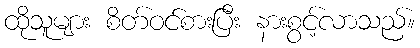
ထိုသူများ စိတ်ဝင်စားပြီး နားစွင့်လာသည်။